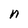
Character: n